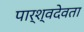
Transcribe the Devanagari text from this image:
पार्श्वदेवता